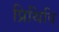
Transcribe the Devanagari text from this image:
प्रिथिवि